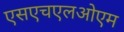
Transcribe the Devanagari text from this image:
एसएचएलओएम